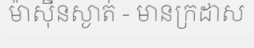
ម៉ាស៊ីនស្ងាត់ - មានក្រដាស